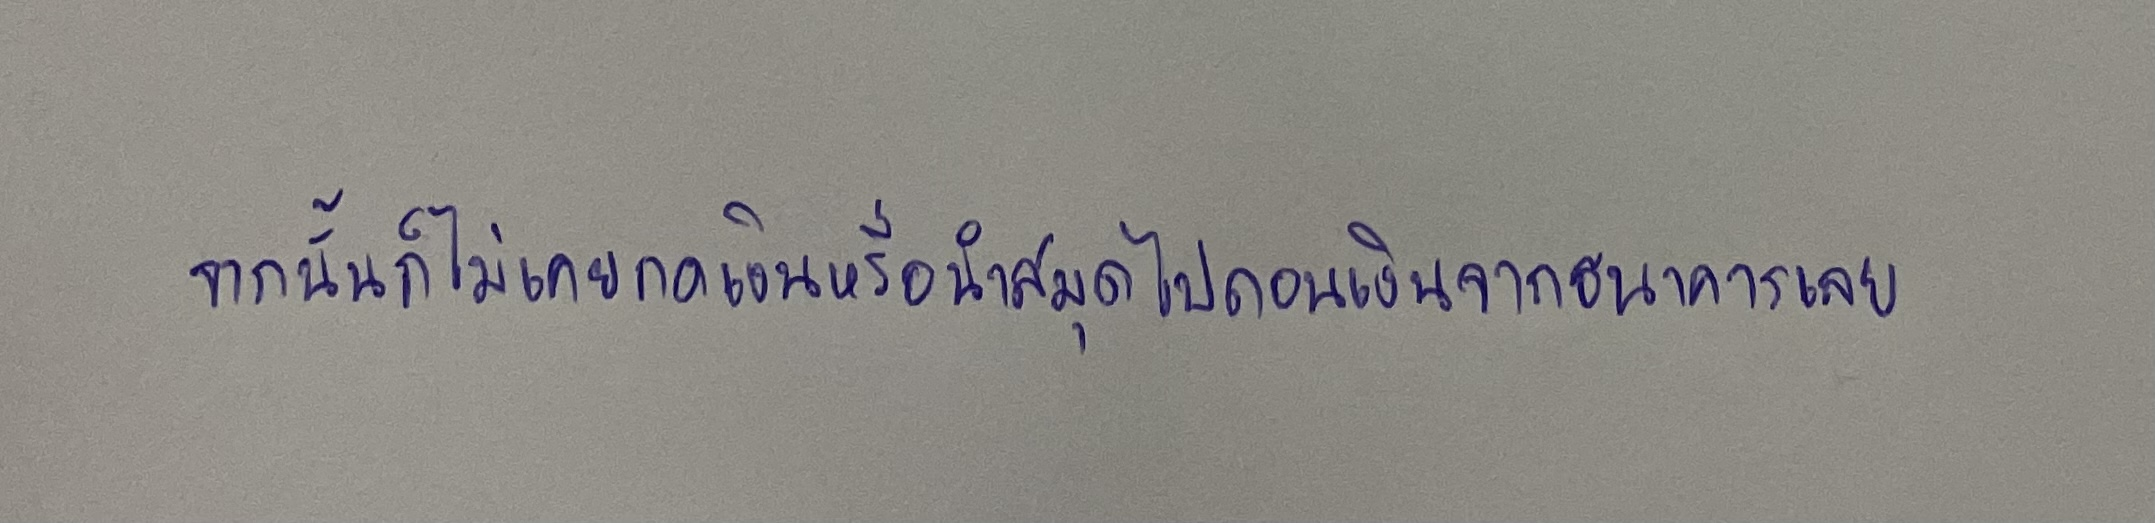
จากนั้นก็ไม่เคยกดเงินหรือนำสมุดไปถอนเงินจากธนาคารเลย